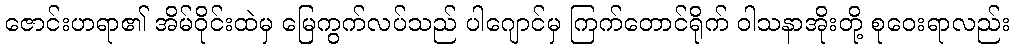
ဇောင်းဟရာ၏ အိမ်ဝိုင်းထဲမှ မြေကွက်လပ်သည် ပါဂျောင်မှ ကြက်တောင်ရိုက် ဝါသနာအိုးတို့ စုဝေးရာလည်း